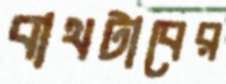
বাথটাবের